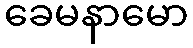
ခေမနာမော